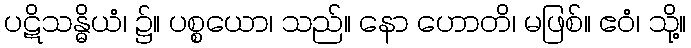
ပဋိသန္ဓိယံ၊ ၌။ ပစ္စယော၊ သည်။ နော ဟောတိ၊ မဖြစ်။ ဧဝံ၊ သို့။